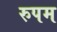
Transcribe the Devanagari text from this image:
रुपम